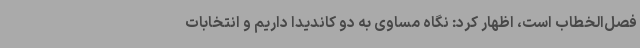
فصل‌الخطاب است، اظهار کرد: نگاه مساوی به دو کاندیدا داریم و انتخابات